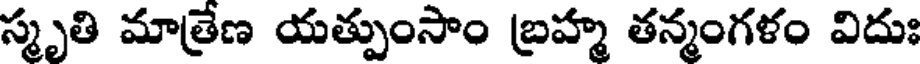
స్మృతి మాత్రేణ యత్పుంసాం బ్రహ్మ తన్మంగళం విదుః